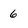
Character: 6